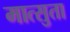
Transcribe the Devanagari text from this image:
मात्सुता